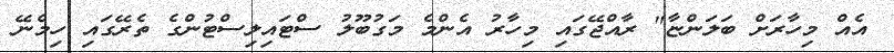
އެއް މިހާރަށް ބަލަންޏާ" ރާއްޖޭގައި މިހާރު އެންމެ މަގުބޫލު ސްޓައިލިސްޓުންގެ ތެރޭގައި ހިމެނޭ